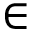
\in